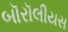
બૉરૉલીયસ